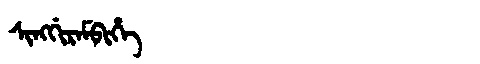
Manchu: ᠰᡳᠩᡤᡳᡵᠠᠮᠪᡳᡥᡝ
Romanization: SINGGIRAMBIHE